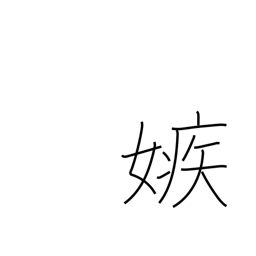
Meaning: jealous